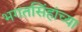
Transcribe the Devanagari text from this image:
भगतसिंहांच्या